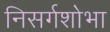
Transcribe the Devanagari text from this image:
निसर्गशोभा